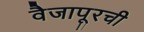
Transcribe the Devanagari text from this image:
वैजापूरची